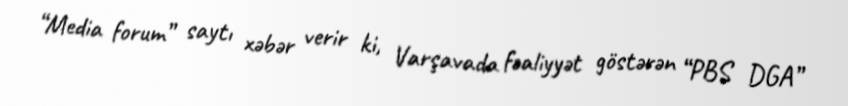
“Media forum” saytı xəbər verir ki, Varşavada fəaliyyət göstərən “PBS DGA”